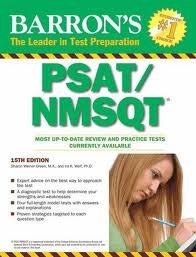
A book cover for Barron's PSAT/NMSQT 15th (fifteenth) edition; Sharon Weiner Green M.A.; Test Preparation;